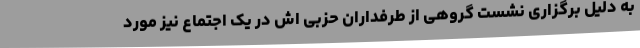
به دلیل برگزاری نشست گروهی از طرفداران حزبی اش در یک اجتماع نیز مورد